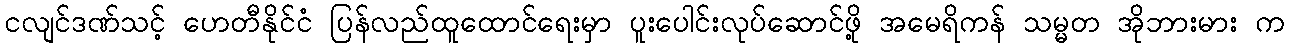
ငလျင်ဒဏ်သင့် ဟေတီနိုင်ငံ ပြန်လည်ထူထောင်ရေးမှာ ပူးပေါင်းလုပ်ဆောင်ဖို့ အမေရိကန် သမ္မတ အိုဘားမား က